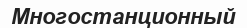
Многостанционный